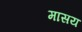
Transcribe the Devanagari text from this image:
मासय